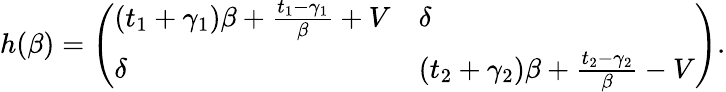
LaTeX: \begin{array}{r}{h(\beta)=\left(\begin{array}{ll}{(t_{1}+\gamma_{1})\beta+\frac{t_{1}-\gamma_{1}}{\beta}+V}&{\delta}\\ {\delta}&{(t_{2}+\gamma_{2})\beta+\frac{t_{2}-\gamma_{2}}{\beta}-V}\end{array}\right).}\end{array}